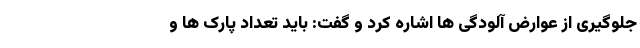
جلوگیری از عوارض آلودگی ها اشاره کرد و گفت: باید تعداد پارک ها و